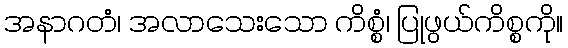
အနာဂတံ၊ အလာသေးသော ကိစ္စံ၊ ပြုဖွယ်ကိစ္စကို။